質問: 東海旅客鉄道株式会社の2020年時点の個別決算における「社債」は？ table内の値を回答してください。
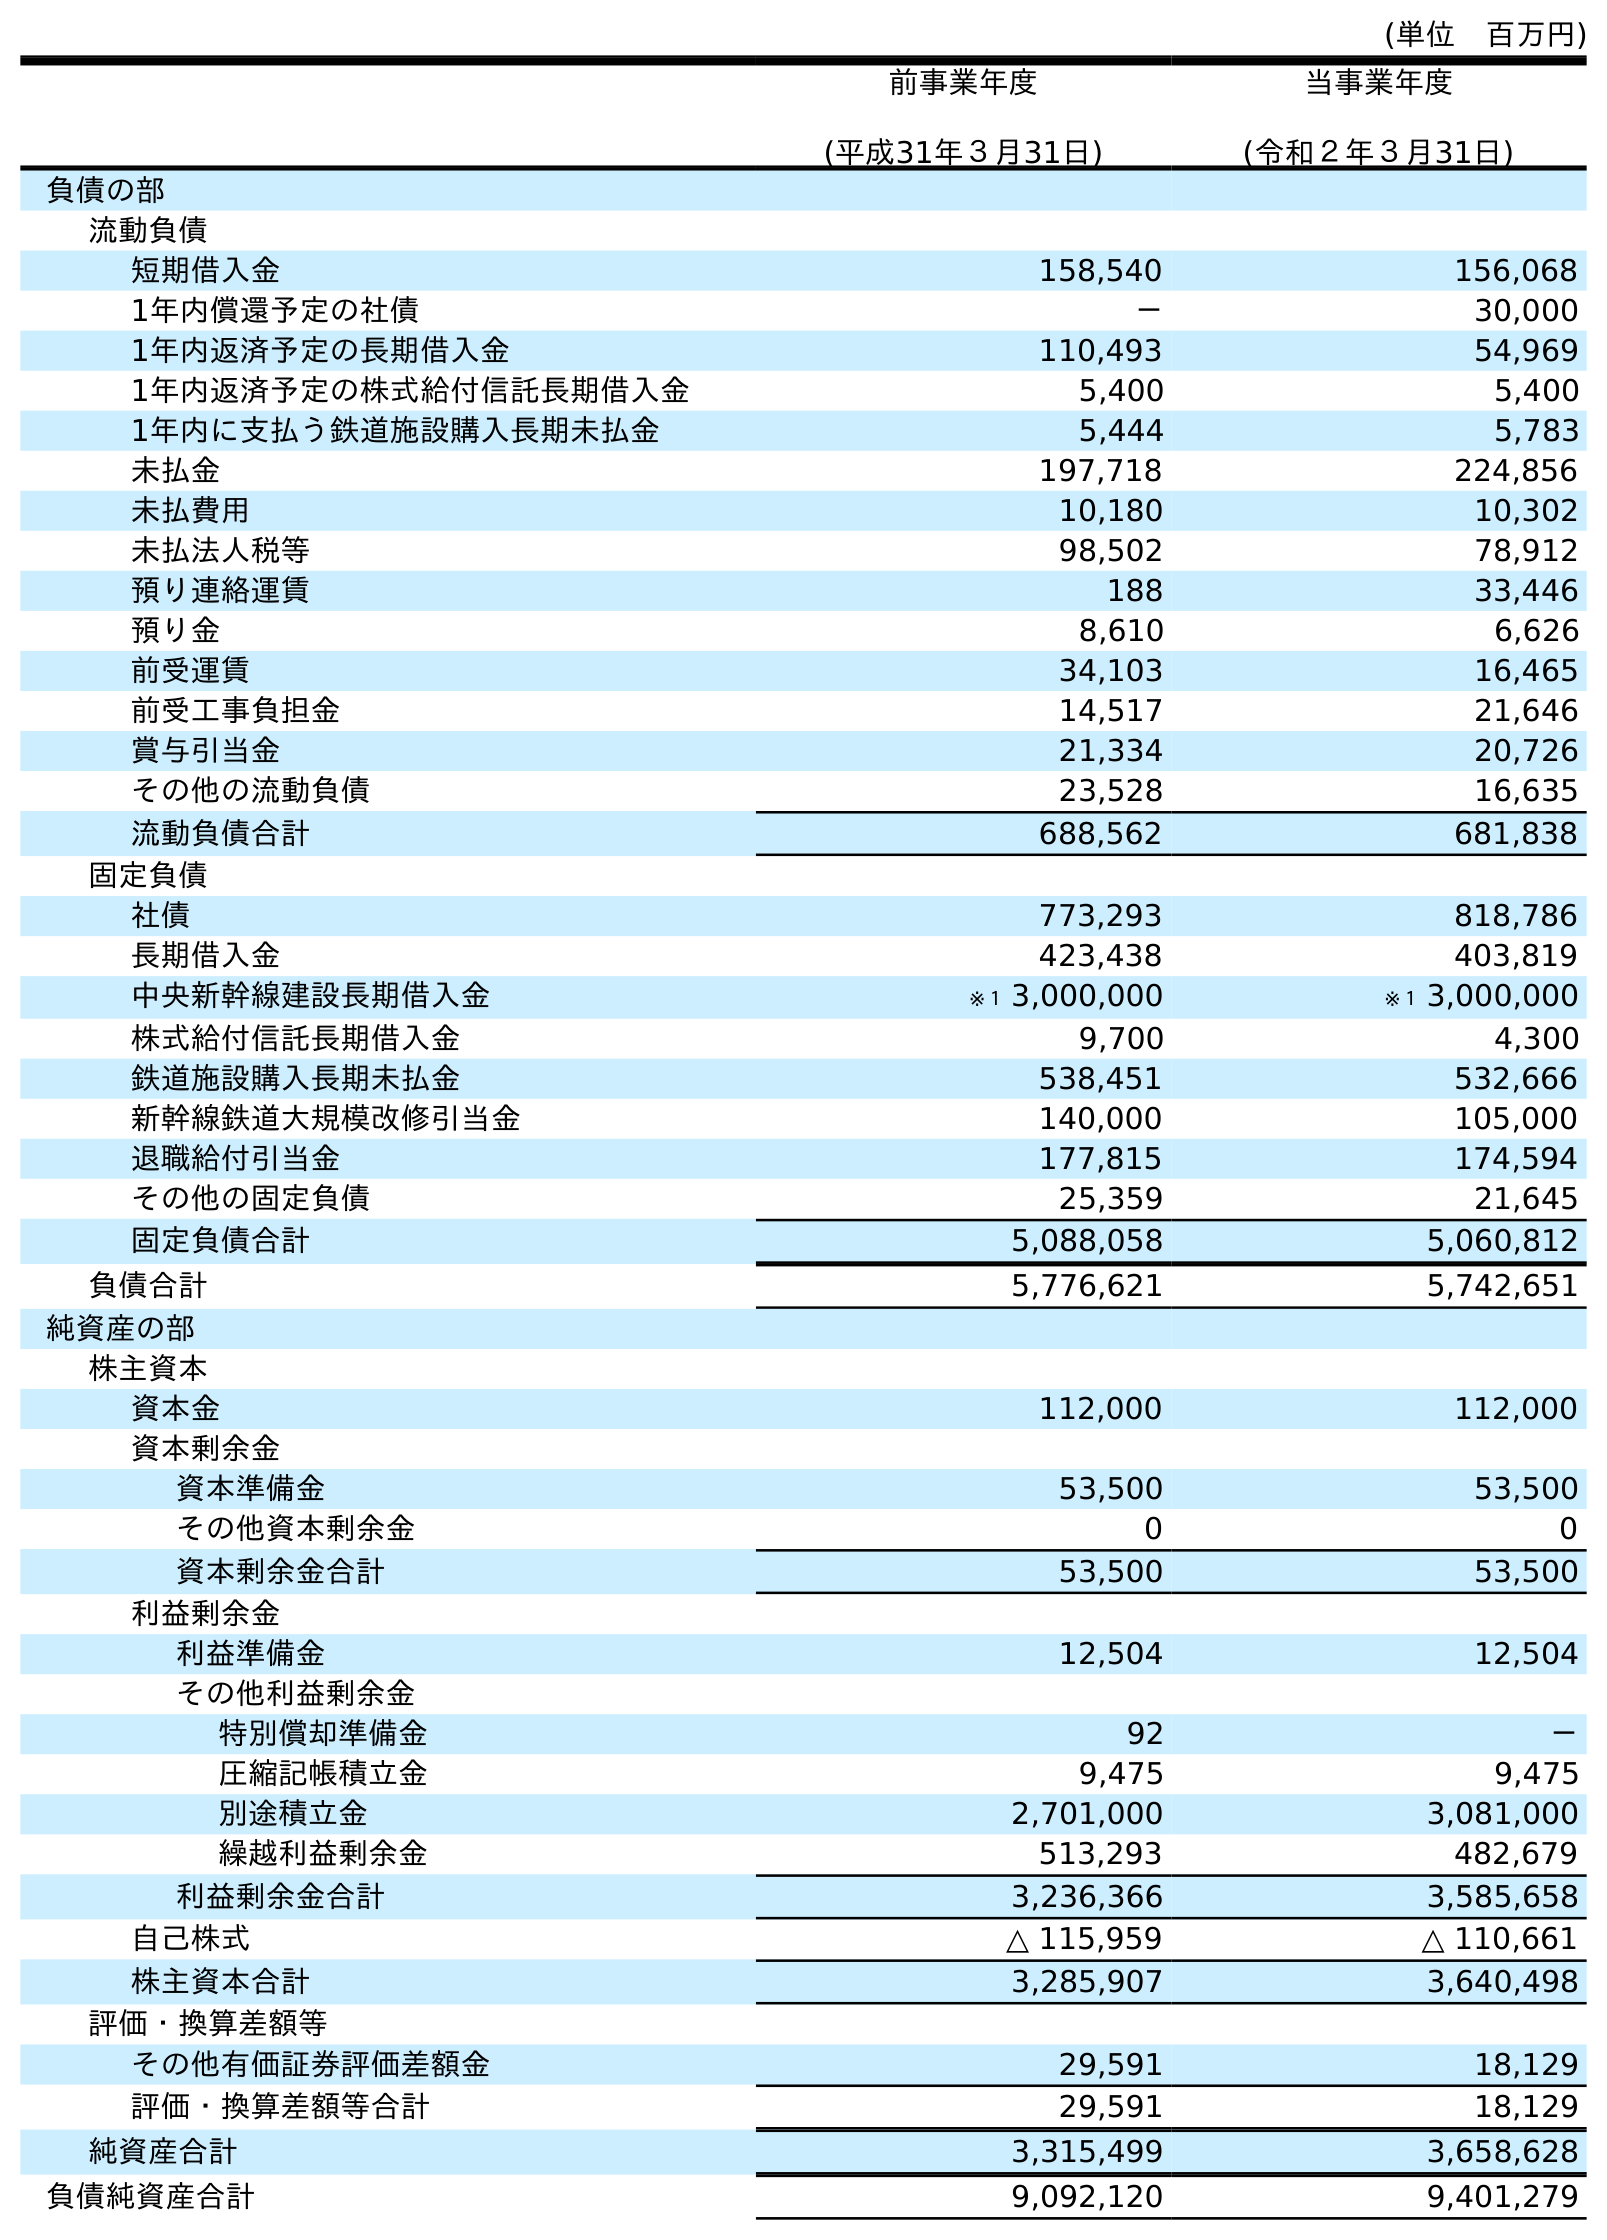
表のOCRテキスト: (単位 百万円) 前事業年度 (平成31年３月31日) 当事業年度 (令和２年３月31日) 負債の部 流動負債 短期借入金 158,540 156,068 1年内償還予定の社債 － 30,000 1年内返済予定の長期借入金 110,493 54,969 1年内返済予定の株式給付信託長期借入金 5,400 5,400 1年内に支払う鉄道施設購入長期未払金 5,444 5,783 未払金 197,718 224,856 未払費用 10,180 10,302 未払法人税等 98,502 78,912 預り連絡運賃 188 33,446 預り金 8,610 6,626 前受運賃 34,103 16,465 前受工事負担金 14,517 21,646 賞与引当金 21,334 20,726 その他の流動負債 23,528 16,635 流動負債合計 688,562 681,838 固定負債 社債 773,293 818,786 長期借入金 423,438 403,819 中央新幹線建設長期借入金 ※１ 3,000,000 ※１ 3,000,000 株式給付信託長期借入金 9,700 4,300 鉄道施設購入長期未払金 538,451 532,666 新幹線鉄道大規模改修引当金 140,000 105,000 退職給付引当金 177,815 174,594 その他の固定負債 25,359 21,645 固定負債合計 5,088,058 5,060,812 負債合計 5,776,621 5,742,651 純資産の部 株主資本 資本金 112,000 112,000 資本剰余金 資本準備金 53,500 53,500 その他資本剰余金 0 0 資本剰余金合計 53,500 53,500 利益剰余金 利益準備金 12,504 12,504 その他利益剰余金 特別償却準備金 92 － 圧縮記帳積立金 9,475 9,475 別途積立金 2,701,000 3,081,000 繰越利益剰余金 513,293 482,679 利益剰余金合計 3,236,366 3,585,658 自己株式 △ 115,959 △ 110,661 株主資本合計 3,285,907 3,640,498 評価・換算差額等 その他有価証券評価差額金 29,591 18,129 評価・換算差額等合計 29,591 18,129 純資産合計 3,315,499 3,658,628 負債純資産合計 9,092,120 9,401,279
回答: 818,786